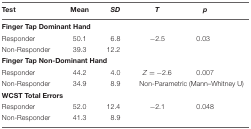
<table><thead><tr><td><b>Test</b></td><td><b>Mean</b></td><td><b><i>SD</i></b></td><td><b><i>T</i></b></td><td><b><i>p</i></b></td></tr></thead><tbody><tr><td colspan="5"><b>Finger Tap Dominant Hand</b></td></tr><tr><td>Responder</td><td>50.1</td><td>6.8</td><td>-2.5</td><td>0.03</td></tr><tr><td>Non-Responder</td><td>39.3</td><td>12.2</td><td></td><td></td></tr><tr><td colspan="5"><b>Finger Tap Non-Dominant Hand</b></td></tr><tr><td>Responder</td><td>44.2</td><td>4.0</td><td><i>Z</i> = -2.6</td><td>0.007</td></tr><tr><td>Non-Responder</td><td>34.9</td><td>8.9</td><td colspan="2">Non-Parametric (Mann–Whitney U)</td></tr><tr><td colspan="5"><b>WCST Total Errors</b></td></tr><tr><td>Responder</td><td>52.0</td><td>12.4</td><td>-2.1</td><td>0.048</td></tr><tr><td>Non-Responder</td><td>41.3</td><td>8.9</td><td></td><td></td></tr></tbody></table>